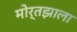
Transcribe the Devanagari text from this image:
मोर्तझाला